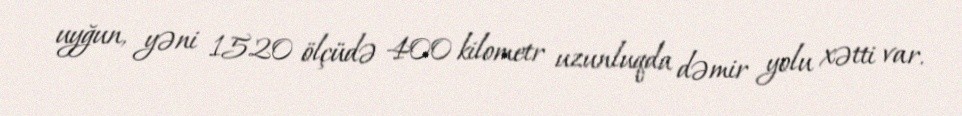
uyğun, yəni 1520 ölçüdə 400 kilometr uzunluqda dəmir yolu xətti var.